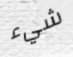
شيء